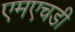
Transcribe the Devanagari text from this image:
एमएचडी